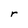
Character: r